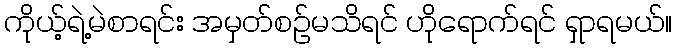
ကိုယ့်ရဲ့မဲစာရင်း အမှတ်စဉ်မသိရင် ဟိုရောက်ရင် ရှာရမယ်။